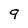
Character: 9